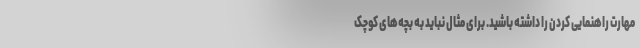
مهارت راهنمایی کردن را داشته باشید. برای مثال نباید به بچه‌های کوچک